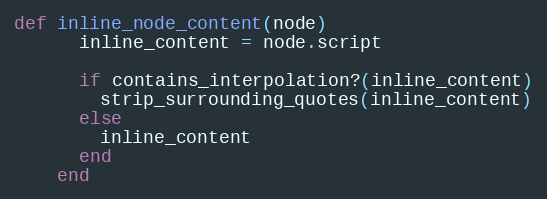
Language: Ruby
def inline_node_content(node)
      inline_content = node.script

      if contains_interpolation?(inline_content)
        strip_surrounding_quotes(inline_content)
      else
        inline_content
      end
    end